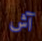
آش